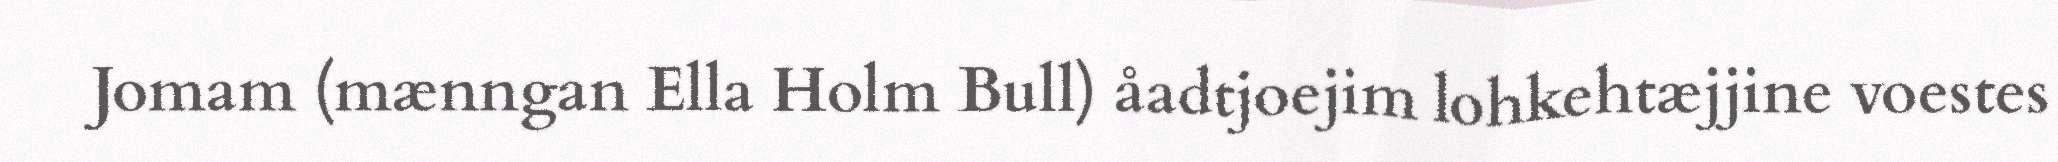
Jomam (mænngan Ella Holm Bull) åadtjoejim lohkehtæjjine voestes